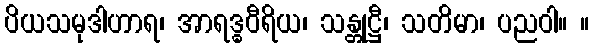
ပိယသမုဒါဟာရ၊ အာရဒ္ဓဝီရိယ၊ သန္တုဋ္ဌီ၊ သတိမာ၊ ပညဝါ။ ။